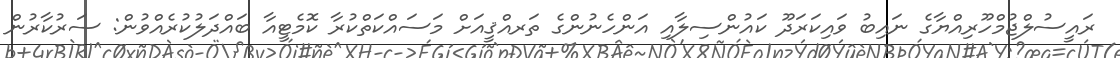
ރައީސުލްޖުމްހޫރިއްޔާގެ ނައިބު ވައިކަރަދޫ ކައުންސިލާއި އަންހެނުންގެ ތަރއްޤީއަށް މަސައްކަތްކުރާ ކޮމެޓީއާ ބައްދަލުކުރެއްވުން: ސަރުކާރުން